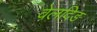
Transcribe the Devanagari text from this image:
वेलदिङ